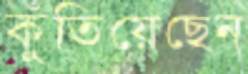
কুঁতিয়েছেন